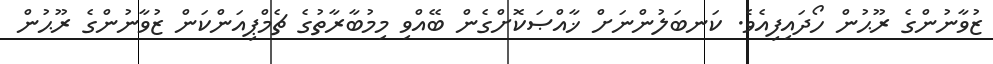
ޒުވާނުންގެ ރޫޙުން ހޯދައިފިއެވެ. ކަނބަލުންނަށް ޚާއްޞަކޮށްގެން ބޭއްވި މިމުބާރާތުގެ ޗެމްޕިއަންކަން ޒުވާނުންގެ ރޫޙުން